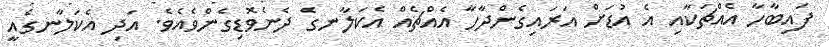
ފައިބާހާ އެއްޗަކާއި އެ އުޑަށް އަރައިގެންދާހާ އެއްޗެއް އެކަލާނގެ ދެނެވޮޑިގެންވެއެވެ. އަދި އެކަލާނގެއީ